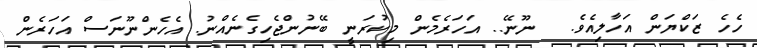
ހެހެ ޒަކްޔަން އަހާލިއެވެ.  ނޫނޭ.. އަހަރެމެން މިކުރަނީ ބޭނުންޖެހިގެނެއްނު. އެހެންނޫނަސް އަހަރެން